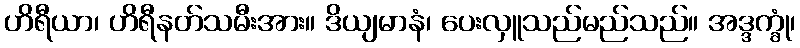
ဟိရီယာ၊ ဟိရီနတ်သမီးအား။ ဒိယျမာနံ၊ ပေးလှူသည်မည်သည်။ အဒ္ဒက္ခုံ၊